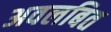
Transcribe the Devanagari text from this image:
अवलबित